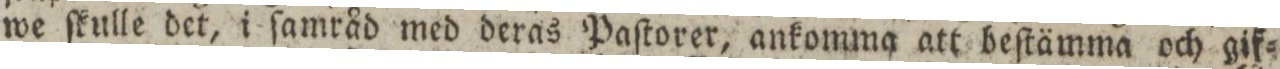
we ſkulle det, i ſamråd med deras Paſtorer, ankomma att beſtämma och gif=